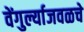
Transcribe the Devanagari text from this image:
वेंगुर्ल्याजवळचे